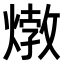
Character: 𤍗